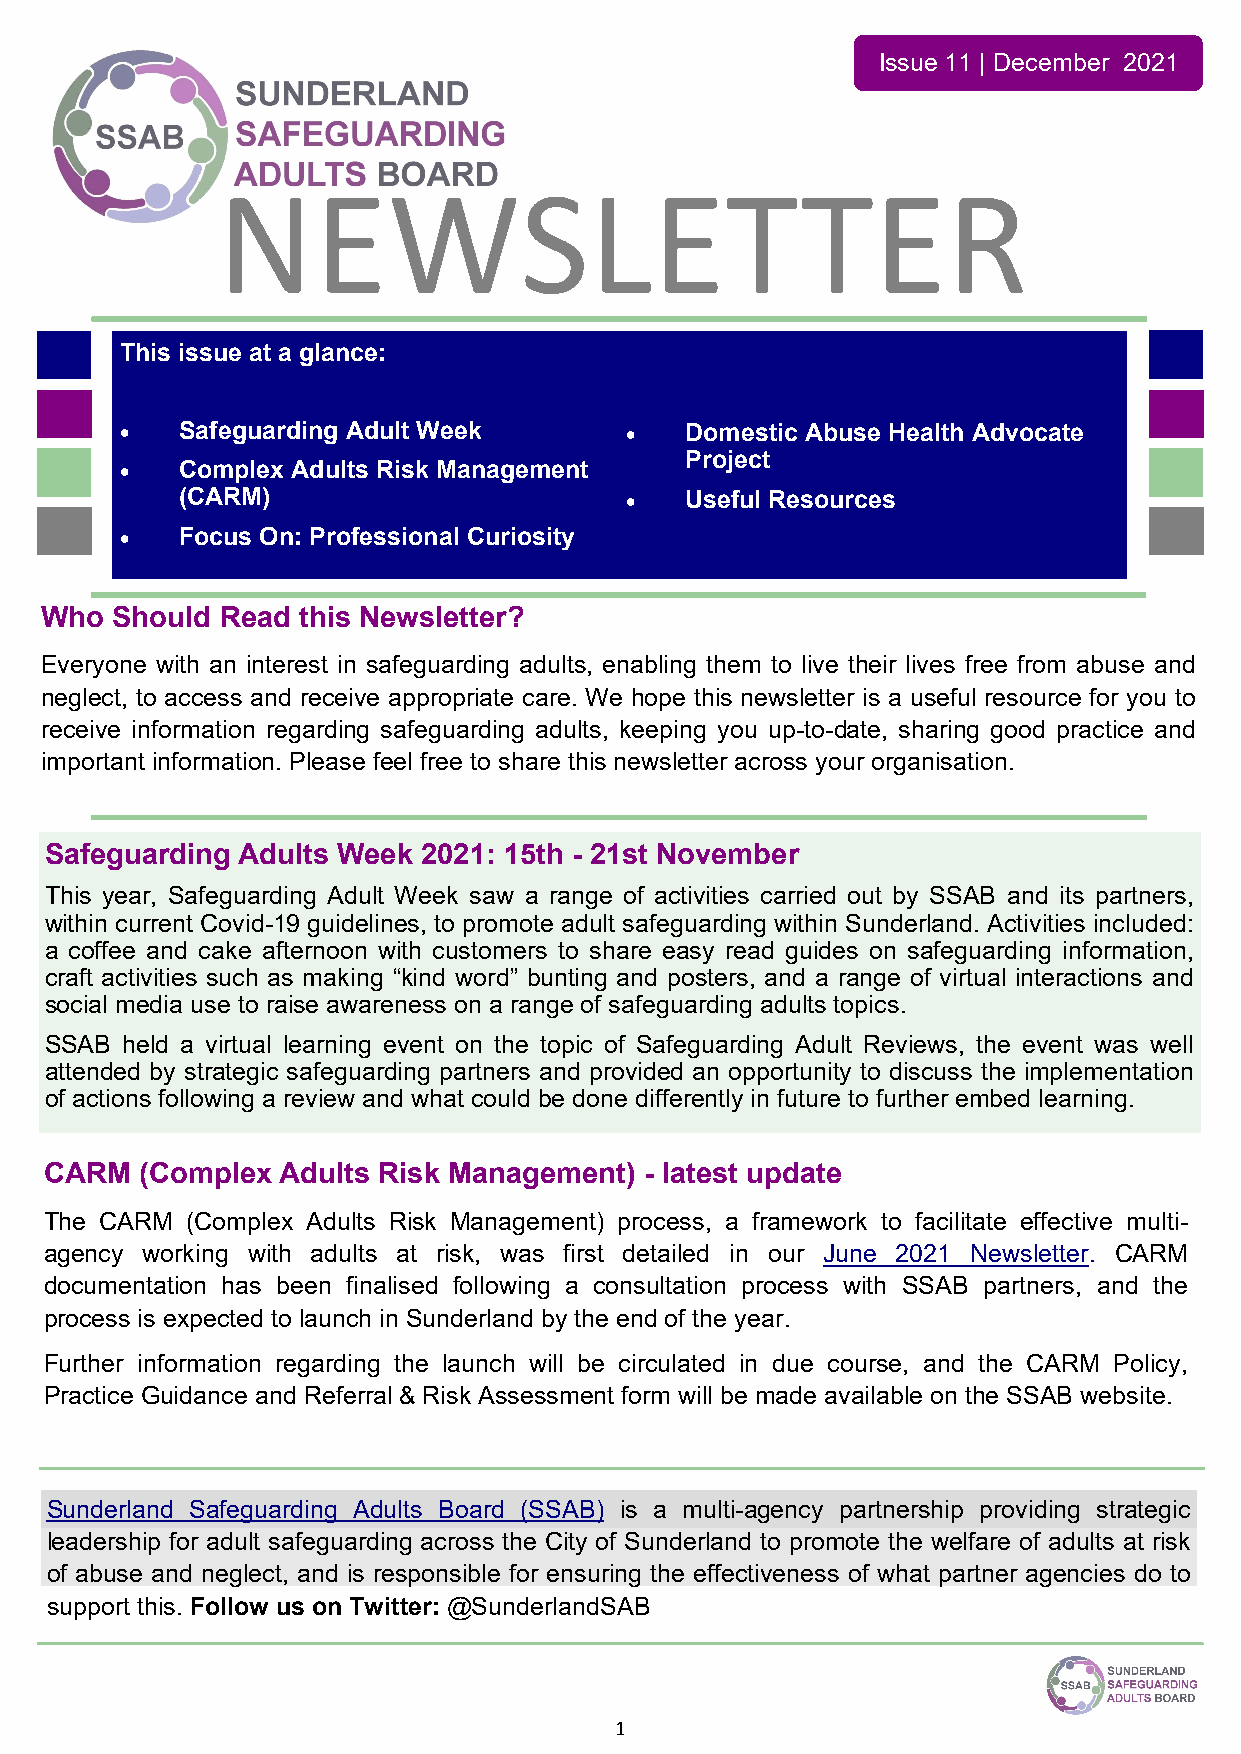
Issue 11 | December 2021
 NEWSLETTER
 This issue at a glance:
 •   Safeguarding Adult Week      •   Domestic Abuse Health Advocate
 Project
 •   Complex Adults Risk Management
 (CARM)                       •   Useful Resources
 •   Focus On: Professional Curiosity
 Who Should  Read this Newsletter?
 Everyone with an interest in safeguarding adults, enabling them to live their lives free from abuse and
 neglect, to access and receive appropriate care. We hope this newsletter is a useful resource for you to
 receive information regarding safeguarding adults, keeping you up-to-date, sharing good practice and
 important information. Please feel free to share this newsletter across your organisation.
 Safeguarding Adults Week 2021: 15th - 21st November
 This year, Safeguarding Adult Week saw a range of activities carried out by SSAB and its partners,
 within current Covid-19 guidelines, to promote adult safeguarding within Sunderland. Activities included:
 a coffee and cake afternoon with customers to share easy read guides on safeguarding information,
 craft activities such as making “kind word” bunting and posters, and a range of virtual interactions and
 social media use to raise awareness on a range of safeguarding adults topics.
 SSAB held a virtual learning event on the topic of Safeguarding Adult Reviews, the event was well
 attended by strategic safeguarding partners and provided an opportunity to discuss the implementation
 of actions following a review and what could be done differently in future to further embed learning.
 CARM  (Complex Adults Risk Management)  - latest update
 The CARM (Complex Adults Risk Management) process, a framework to facilitate effective multi-
 agency working with adults at risk, was first detailed in our June 2021 Newsletter. CARM
 documentation has been finalised following a consultation process with SSAB partners, and the
 process is expected to launch in Sunderland by the end of the year.
 Further information regarding the launch will be circulated in due course, and the CARM Policy,
 Practice Guidance and Referral & Risk Assessment form will be made available on the SSAB website.
 Sunderland Safeguarding Adults Board (SSAB) is a multi-agency partnership providing strategic
 leadership for adult safeguarding across the City of Sunderland to promote the welfare of adults at risk
 of abuse and neglect, and is responsible for ensuring the effectiveness of what partner agencies do to
 support this. Follow us on Twitter: @SunderlandSAB
 1